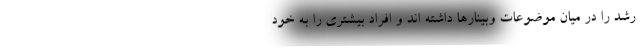
رشد را در میان موضوعات وبینارها داشته اند و افراد بیشتری را به خود